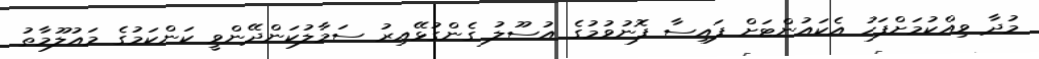
މުދާ ވިއްކުމަށްފަހު އެކައުންޓަށް ފައިސާ ފޮނުވުމުގެ އުސޫލު ގެންގުޅޭއިރު ސަމާލުކަންދޭންވީ ކަންކަމުގެ މައުލޫމާތު